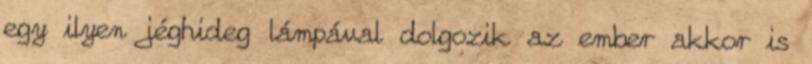
egy ilyen jéghideg lámpával dolgozik az ember akkor is